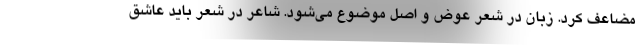
مضاعف کرد. زبان در شعر عوض و اصل موضوع می‌شود. شاعر در شعر باید عاشق